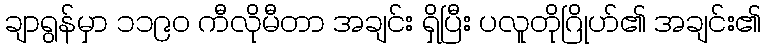
ချာရွန်မှာ ၁၁၉၀ ကီလိုမီတာ အချင်း ရှိပြီး ပလူတိုဂြိုဟ်၏ အချင်း၏